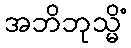
အဘိဘုသ္မိံ